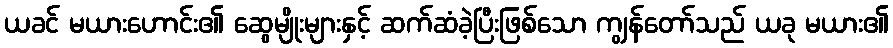
ယခင် မယားဟောင်း၏ ဆွေမျိုးများနှင့် ဆက်ဆံခဲ့ပြီးဖြစ်သော ကျွန်တော်သည် ယခု မယား၏